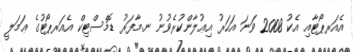
އެއަރޕޯޓާއި އެކު 2008 ވަނަ އަހަރު އިޢުލާންކުރެވުނު ނ.މާފަރު ޑޮމެސްޓިކް އެއަރޕޯޓުގެ ޢަމަލީ